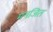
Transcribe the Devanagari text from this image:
मनजित